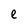
Character: e